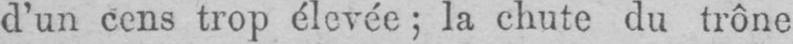
d’un cens trop élevée; la chute du trône